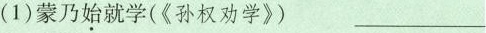
(1)蒙乃始就学(《孙权劝学》)___